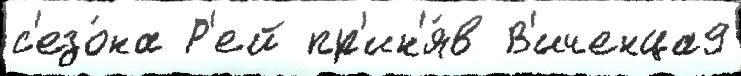
с'езо́на Р'ей пр'ин'я́в В'иченца9